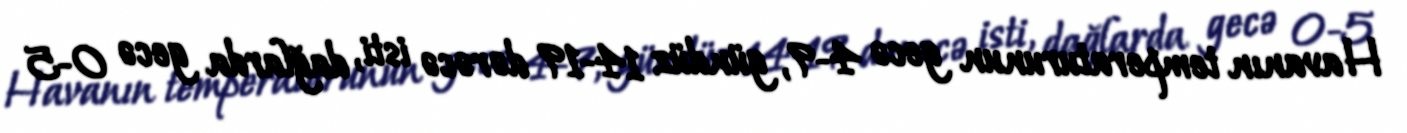
Havanın temperaturunun gecə 4-9, gündüz 14-19 dərəcə isti, dağlarda gecə 0-5